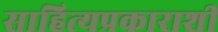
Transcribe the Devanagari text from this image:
साहित्यप्रकाराशी